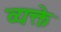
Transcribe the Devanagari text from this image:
व्यक्ते